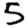
Digit: 5